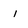
Character: 1